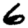
Digit: 6